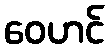
ဝေဟင်